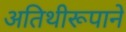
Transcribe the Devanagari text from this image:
अतिथीरूपाने